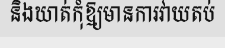
និងឃាត់កុំឱ្យមានការវាយតប់